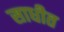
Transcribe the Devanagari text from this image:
साधीत